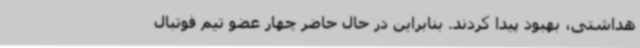
هداشتی، بهبود پیدا کردند. بنابراین در حال حاضر چهار عضو تیم فوتبال